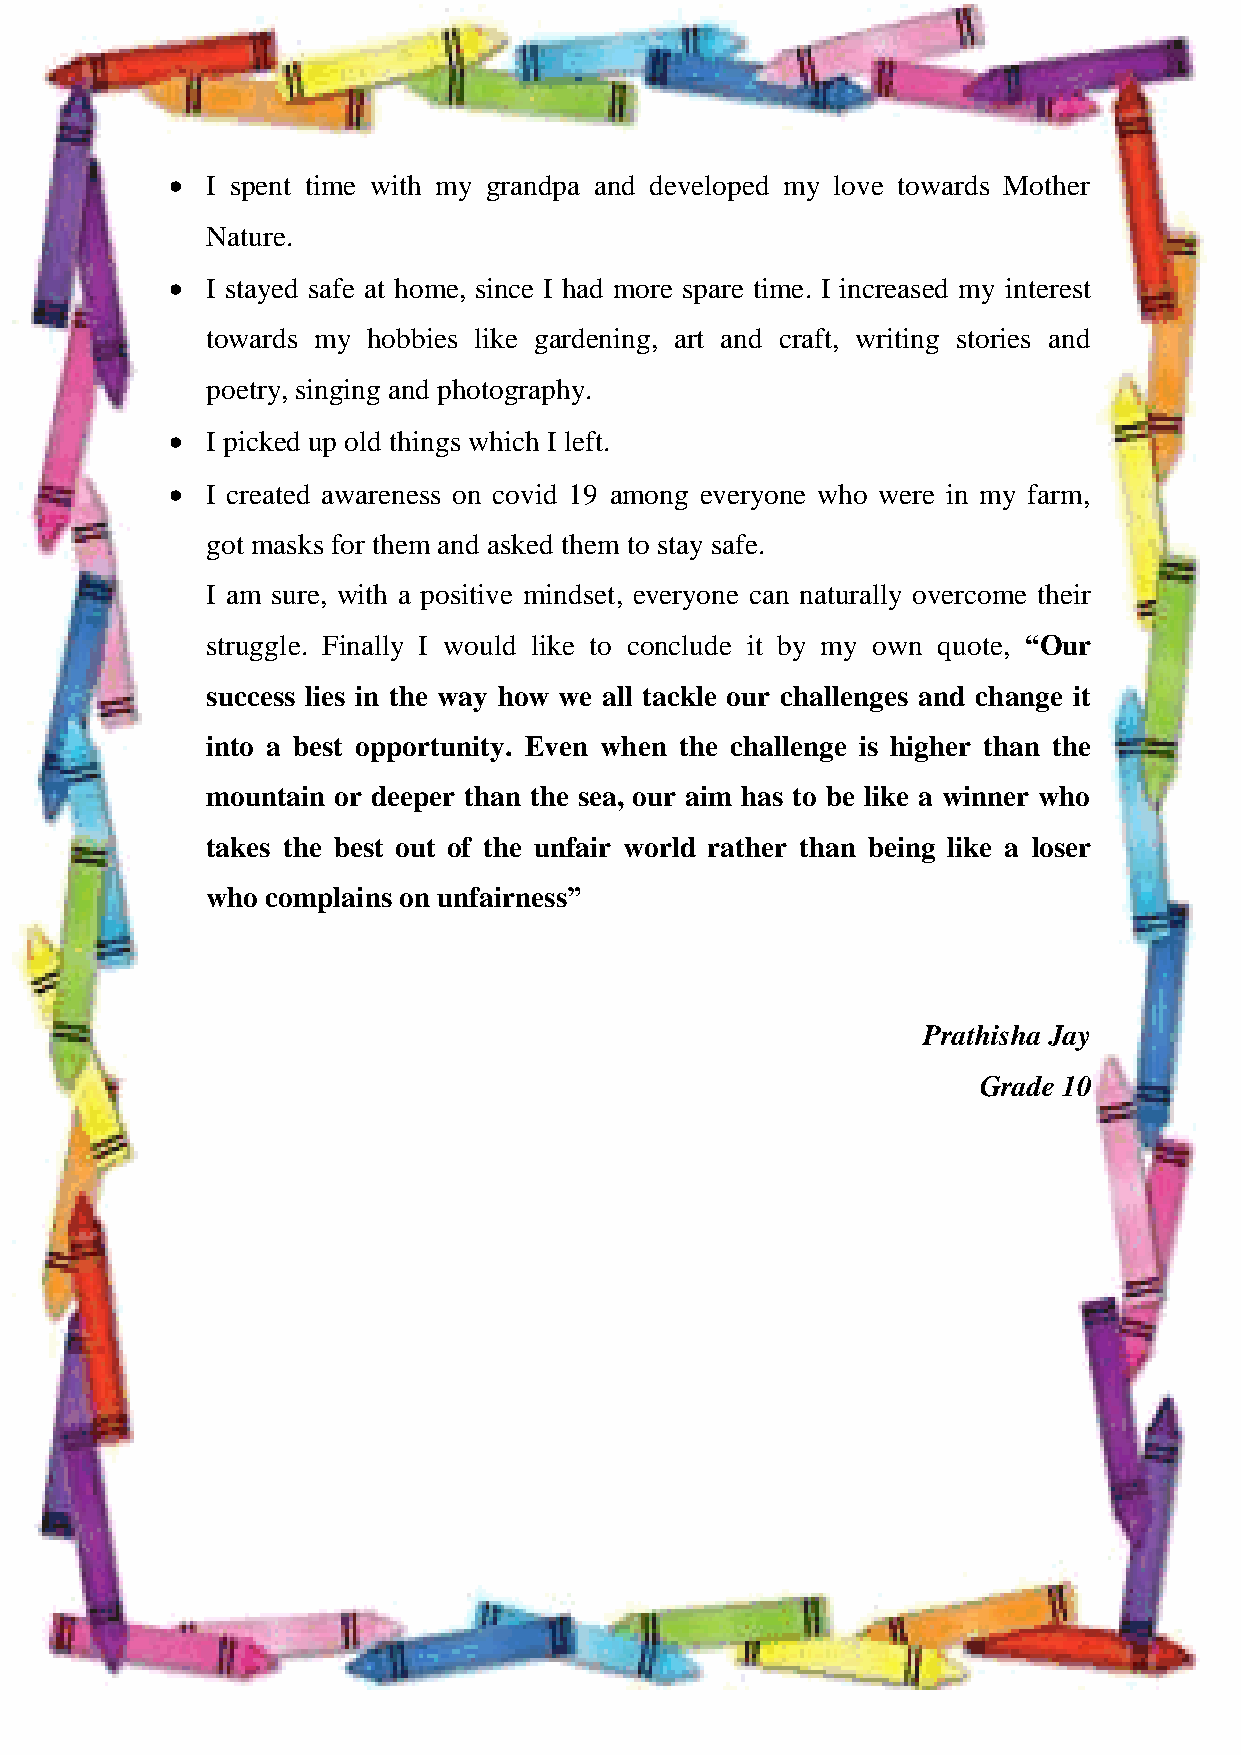
HONEY VIBES
   I spent time with my grandpa and developed my love towards Mother
 Nature.
   I stayed safe at home, since I had more spare time. I increased my interest
 towards my hobbies like gardening, art and craft, writing stories and
 poetry, singing and photography.
   I picked up old things which I left.
   I created awareness on covid 19 among everyone who were in my farm,
 got masks for them and asked them to stay safe.
 I am sure, with a positive mindset, everyone can naturally overcome their
 struggle. Finally I would like to conclude it by my own quote, “Our
 success lies in the way how we all tackle our challenges and change it
 into a best opportunity. Even when the challenge is higher than the
 mountain or deeper than the sea, our aim has to be like a winner who
 takes the best out of the unfair world rather than being like a loser
 who complains on unfairness”
 Prathisha Jay
 Grade 10
 137